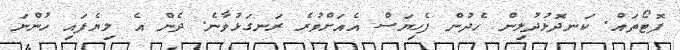
ފޮޓޯތައް. ކަނދޮޅުދުލިން ހެދުން ފެހިޔަސް އެއަށްވުރެ ރަނގަޅުވާނެ. ދެން އެ ލިޔެފައި ހުންނަ